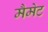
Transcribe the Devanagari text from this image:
मैमेट